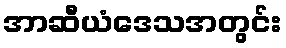
အာဆီယံဒေသအတွင်း